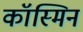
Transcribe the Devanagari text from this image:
कॉस्मिन